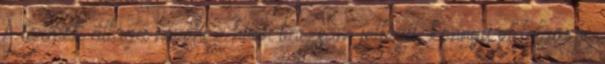
A termék állaga nevéhez hűen balzsam jellegű, könnyű eldolgozni.